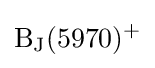
{\rm {B_{J}(5970)^{+}}}